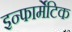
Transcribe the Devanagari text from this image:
इन्फार्मेटिक